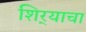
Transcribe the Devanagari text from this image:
शिर्‍याचा